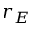
r _ { E }